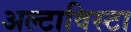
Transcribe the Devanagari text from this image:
अल्टाविस्टा